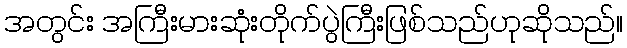
အတွင်း အကြီးမားဆုံးတိုက်ပွဲကြီးဖြစ်သည်ဟုဆိုသည်။